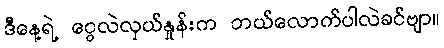
ဒီနေ့ရဲ့ ငွေလဲလှယ်နှုန်းက ဘယ်လောက်ပါလဲခင်ဗျာ။